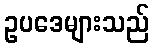
ဥပဒေများသည်